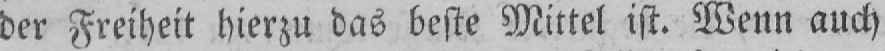
der Freiheit hierzu das beste Mittel ist. Wenn auch